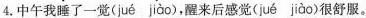
4.中午我睡了一\underset{·}{觉}( jué jìào )，醒来后感\underset{·}{觉}( jué jiào )很舒服。